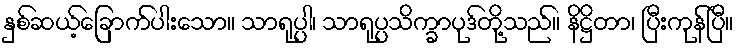
နှစ်ဆယ့်ခြောက်ပါးသော။ သာရုပ္ပါ၊ သာရုပ္ပသိက္ခာပုဒ်တို့သည်။ နိဋ္ဌိတာ၊ ပြီးကုန်ပြီ။